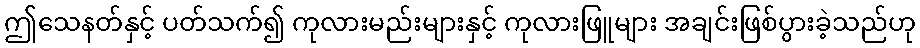
ဤသေနတ်နှင့် ပတ်သက်၍ ကုလားမည်းများနှင့် ကုလားဖြူများ အချင်းဖြစ်ပွားခဲ့သည်ဟု